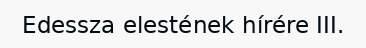
Edessza elestének hírére III.